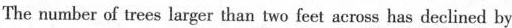
The number of trees larger than two feet across has declined by